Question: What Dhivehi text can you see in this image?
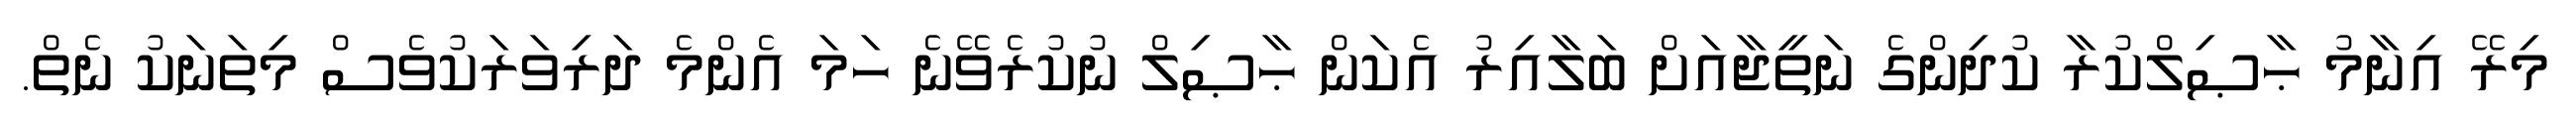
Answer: މިރޭ އިނާމު ޙާޞިލްކުރާ ކުދިންގެ ނަތީޖާއަށް ބަލާއިރު އެކަން ޙާޞިލް ނުކުރެވޭނެ ހަމަ އެންމެ ދަރިވަރަކުވެސް މިތަނަކު ނެތް.